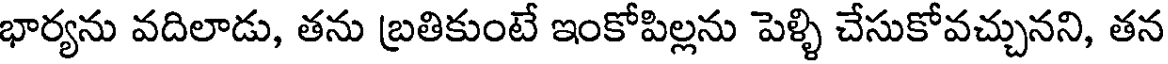
భార్యను వదిలాడు, తను బ్రతికుంటే ఇంకోపిల్లను పెళ్ళి చేసుకోవచ్చునని, తన